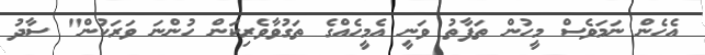
އެހެން ނަމަވެސް މީހުން ތަފާތު ވަނީ އެމީހެއްގެ ތަގުވާވެރިކަން ހުންނަ ވަރަކުން" ސާދު